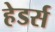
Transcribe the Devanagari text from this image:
हेडर्स